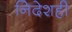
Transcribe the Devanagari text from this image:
निदेशही